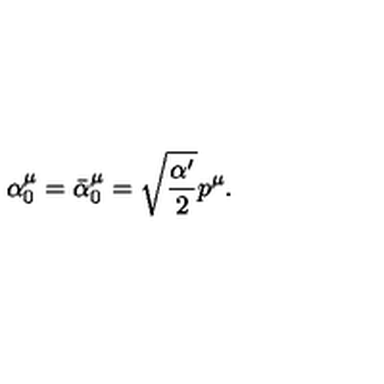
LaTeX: \alpha _ { 0 } ^ { \mu } = \bar { \alpha } _ { 0 } ^ { \mu } = \sqrt { \frac { \alpha ^ { \prime } } 2 } p ^ { \mu } .